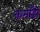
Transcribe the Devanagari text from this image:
कमाँडो